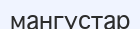
мангустар